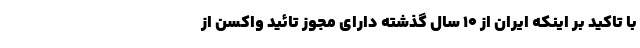
با تاکید بر اینکه ایران از ۱۰ سال گذشته دارای مجوز تائید واکسن از